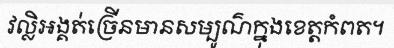
វល្លិអង្គត់ច្រើនមានសម្បូណ៌ក្នុងខេត្តកំពត។